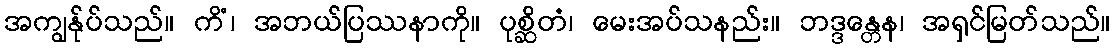
အကျွန်ုပ်သည်။ ကိံ၊ အဘယ်ပြဿနာကို။ ပုစ္ဆိတံ၊ မေးအပ်သနည်း။ ဘဒ္ဒန္တေန၊ အရှင်မြတ်သည်။